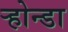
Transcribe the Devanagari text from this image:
ऱ्होन्डा